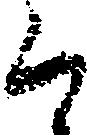
ら